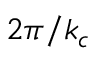
2 \pi / k _ { c }